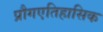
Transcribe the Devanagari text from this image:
प्रौगएतिहासिक